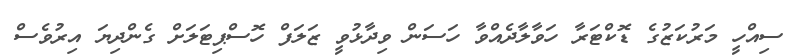
ސިއްހީ މަރުކަޒުގެ ޑޮކްޓަރާ ހަވާލާދެއްވާ ހަސަން ވިދާޅުވީ ޒަލަފް ހޮސްޕިޓަލަށް ގެންދިޔަ އިރުވެސް